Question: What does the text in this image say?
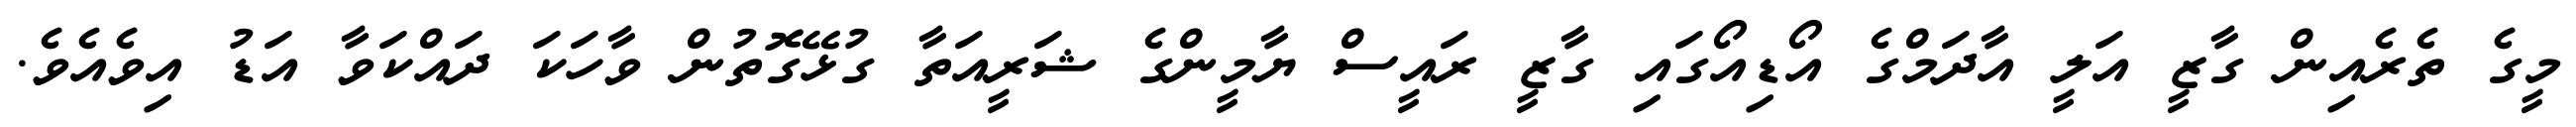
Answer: މީގެ ތެރެއިން ގާޒީ އަލީ އާދަމްގެ އޯޑިއޯގައި ގާޒީ ރައީސް ޔާމީންގެ ޝަރީއަތާ ގުޅޭގޮތުން ވާހަކަ ދައްކަވާ އަޑު އިވެއެވެ.